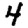
Digit: 4